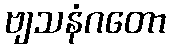
ဗျသနံဂတော